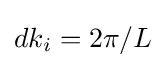
dk_{i}=2\pi /L